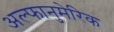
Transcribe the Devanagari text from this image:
अल्फानुमेरिक